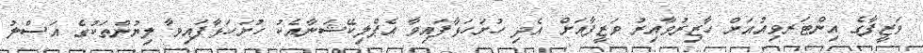
ވަޒީފާގެ އިންޓަރވިއުއަށް ހާޒިރުވާއިރު ވަޒީފާއަށް އެދި ހުށަހަޅާފައިވާ އެޕްލިކޭޝަނާއެކު ހުށަހަޅާފައިވާ ލިޔުންތަކުގެ އަސްލު